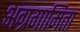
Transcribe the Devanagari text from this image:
अग्रगामिता